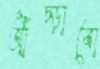
আঁচ্‌ড়াবো